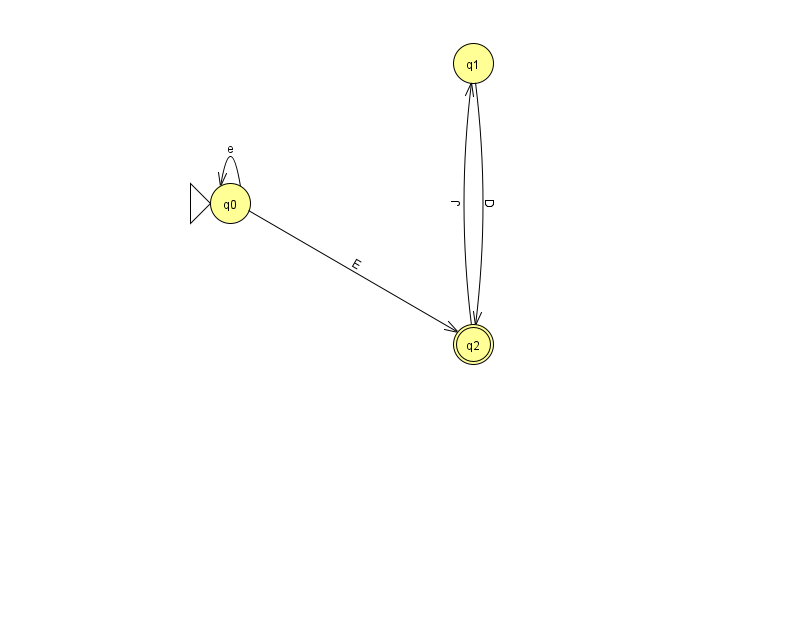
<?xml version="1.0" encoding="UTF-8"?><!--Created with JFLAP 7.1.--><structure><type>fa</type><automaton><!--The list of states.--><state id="0" name="q0"><x>230.0</x><y>190.0</y><initial/></state><state id="1" name="q1"><x>473.0</x><y>50.0</y></state><state id="2" name="q2"><x>473.0</x><y>331.0</y><final/></state><!--The list of transitions.--><transition><from>2</from><to>1</to><read>J</read></transition><transition><from>0</from><to>0</to><read>e</read></transition><transition><from>1</from><to>2</to><read>D</read></transition><transition><from>0</from><to>2</to><read>E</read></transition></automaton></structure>